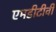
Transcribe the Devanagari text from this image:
एमडीटीवी